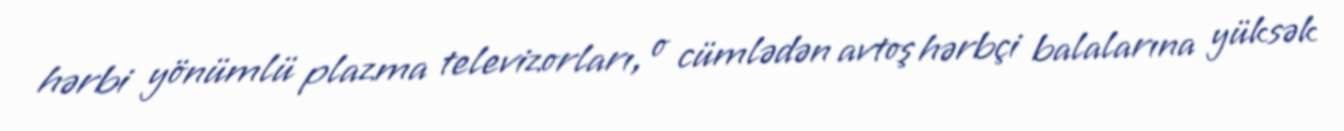
hərbi yönümlü plazma televizorları, o cümlədən avtoş hərbçi balalarına yüksək